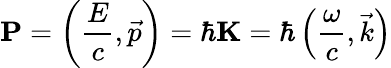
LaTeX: \mathbf{P}=\left({\frac{E}{c}},{\vec{p}}\right)=\hbar\mathbf{K}=\hbar\left({\frac{\omega}{c}},{\vec{k}}\right)